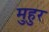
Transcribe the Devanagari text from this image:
मुहुर